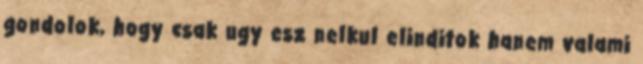
gondolok, hogy csak ugy esz nelkul elinditok hanem valami